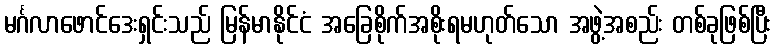
မင်္ဂလာဖောင်ဒေးရှင်းသည် မြန်မာနိုင်ငံ အခြေစိုက်အစိုးရမဟုတ်သော အဖွဲ့အစည်း တစ်ခုဖြစ်ပြီး